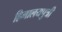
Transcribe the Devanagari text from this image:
हिमालयपुत्री